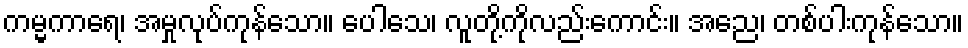
ကမ္မကာရေ၊ အမှုလုပ်ကုန်သော။ ပေါသေ၊ လူတို့ကိုလည်းကောင်း။ အညေ၊ တစ်ပါးကုန်သော။